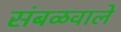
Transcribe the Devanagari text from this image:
संबळवाले